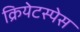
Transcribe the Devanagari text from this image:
क्रियेटस्पेस